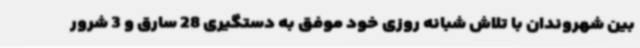
بین شهروندان با تلاش شبانه روزی خود موفق به دستگیری 28 سارق و 3 شرور